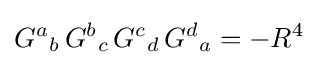
{G^{a}}_{b}\,{G^{b}}_{c}\,{G^{c}}_{d}\,{G^{d}}_{a}=-R^{4}